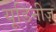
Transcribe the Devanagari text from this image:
यूडिनीज़